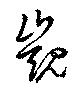
覬